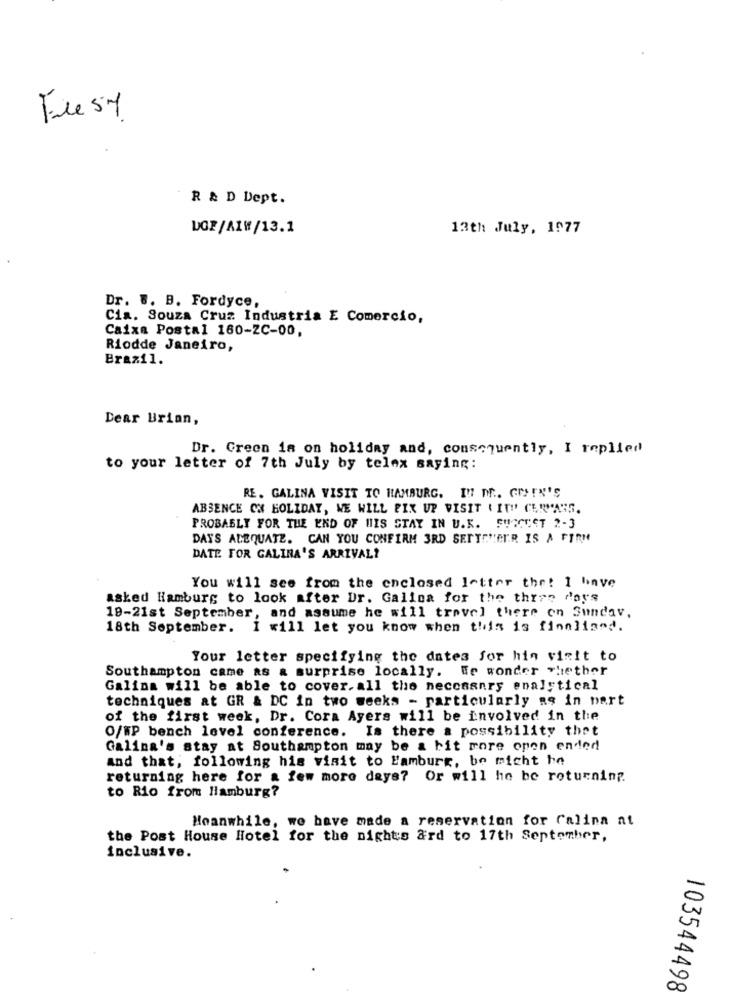
Fle Sy
R & D Dept.
LGF/AIW/13.1
13th July, 1977
Dr. B. B. Fordyce,
Cia. Souza Cruz Industria E Comercio,
Caixa Postal 160-2C-00,
Riodde Janeiro,
Brazil.
Dear Brian,
Dr. Creen is on holiday and, consequently, I replied
to your letter of 7th July by telex saying:
RE. GALINA VISIT TO HAMBURG. IN DE .. GOSEN'S
ABSENCE ON HOLIDAY, WE WILL FIX UP VISIT ( IT" CERYARS.
PROBABLY FOR THE END OF HIS STAY IN U.K. SUSCECT 2-3
DAYS ADEQUATE. CAN YOU CONFIRM 3RD SETTTHEIR IS A FIRM
DATE FOR GALINA'S ARRIVAL?
You will see from the enclosed letter the! 1 have
asked Hamburg to look after Dr. Galica for the three days
19-21st September, and assume he will travel there on Sunday,
18th September. I will let you know when this is finnliand.
Your letter specifying the dates for his visit to
Southampton came as a surprise locally. We wonder whether
Galina will be able to cover.all the neccaanry enalytical
techniques at GR & DC in two weeks - particularly as in part
of the first week, Dr. Cora Ayers will be involved in the
O/WP bench level conference. Is there a possibility that
Galina's stay at Southampton may be a bit more open ended
and that; following his visit to Hamburg, bo micht he
returning here for a few more days? Or will he be returning.
to Rio from Hamburg?
Meanwhile, we have made a reservation for Calina at
the Post House Hotel for the nights ard to 17th September,
inclusive.
103544498